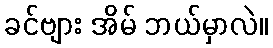
ခင်ဗျား အိမ် ဘယ်မှာလဲ။